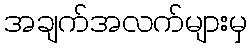
အချက်အလက်များမှ